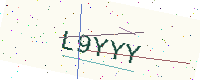
Text: L9YYY